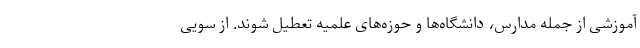
آموزشی از جمله مدارس، دانشگاه‌ها و حوزه‌های علمیه تعطیل شوند. از سویی